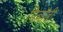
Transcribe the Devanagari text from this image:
पिबॉडी